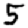
Digit: 5